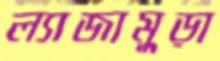
ল্যাজামুড়া